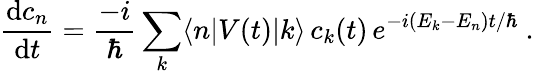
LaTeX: {\frac{\mathrm{d}c_{n}}{\mathrm{d}t}}={\frac{-i}{\hbar}}\sum_{k}\langle n|V(t)|k\rangle\, c_{k}(t)\, e^{-i(E_{k}-E_{n})t/\hbar}~.